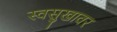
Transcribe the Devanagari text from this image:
स्वसुखावर